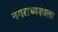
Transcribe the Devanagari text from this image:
नगराध्यक्षाला